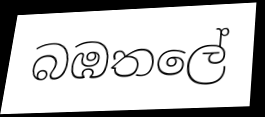
බඹතලේ